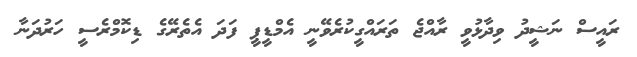
ރައީސް ނަޝީދު ވިދާޅުވީ ރާއްޖެ ތަރައްގީކުރެވޭނީ އެމްޑީޕީ ފަދަ އެތެރޭގެ ޑިކޮމްރެސީ ހަރުދަނާ